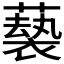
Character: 𫉵